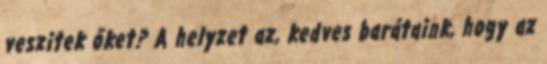
veszitek őket? A helyzet az, kedves barátaink, hogy az